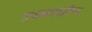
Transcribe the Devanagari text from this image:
उपमहाद्वीप्प